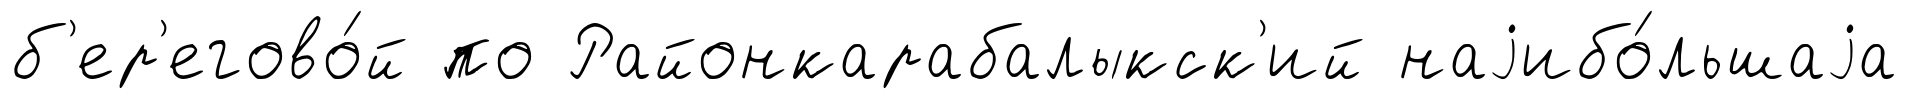
б'ер'егово́й по Районкарабалыкск'ий наjибо́льшаjа